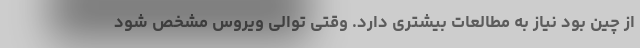
از چین بود نیاز به مطالعات بیشتری دارد. وقتی توالی ویروس مشخص شود